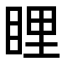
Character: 𥆼